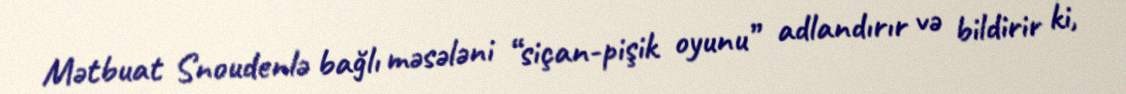
Mətbuat Snoudenlə bağlı məsələni “siçan-pişik oyunu” adlandırır və bildirir ki,